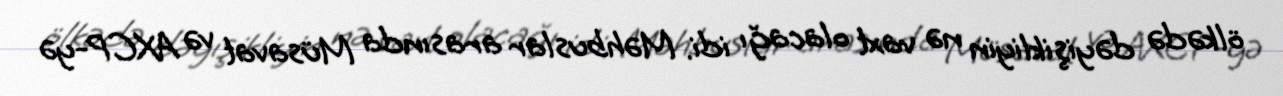
ölkədə dəyişikliyin nə vaxt olacağı idi. Məhbuslar arasında Müsavat və AXCP-yə